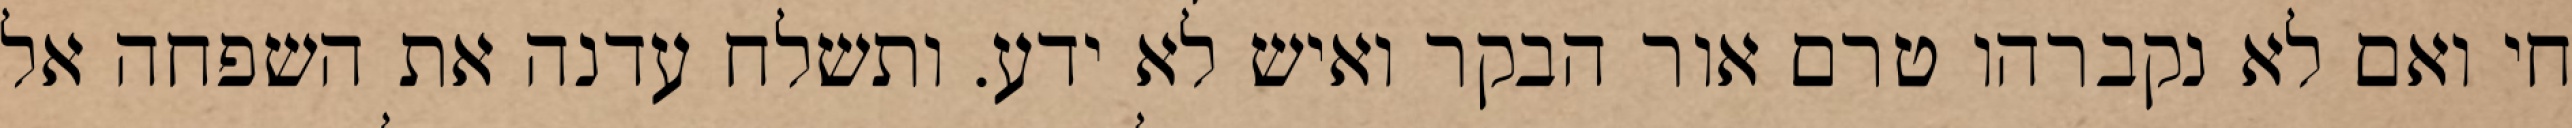
חי ואם לא נקברהו טרם אור הבקר ואיש לא ידע. ותשלח עדנה את השפחה אל